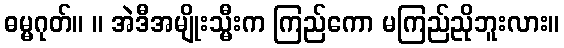
ဓမ္မဂုတ်။ ။ အဲဒီအမျိုးသ္မီးက ကြည်ကော မကြည်ညိုဘူးလား။